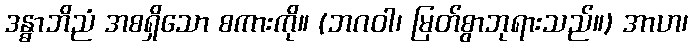
ဒန္ဓာဘိညံ အစရှိသော စကားကို။ (ဘဂဝါ၊ မြတ်စွာဘုရားသည်။) အာဟ၊